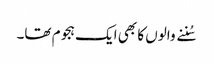
سُننے والوں کا بھی ایک ہجوم تھا۔